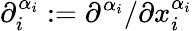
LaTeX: \partial_{i}^{\alpha_{i}}:=\partial^{\alpha_{i}}/\partial x_{i}^{\alpha_{i}}